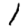
Digit: 1